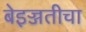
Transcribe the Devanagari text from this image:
बेइज्जतीचा